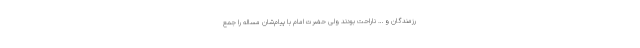
رزمندگان و … ناراحت بودند ولی حضرت امام با پیام‌شان مساله را جمع